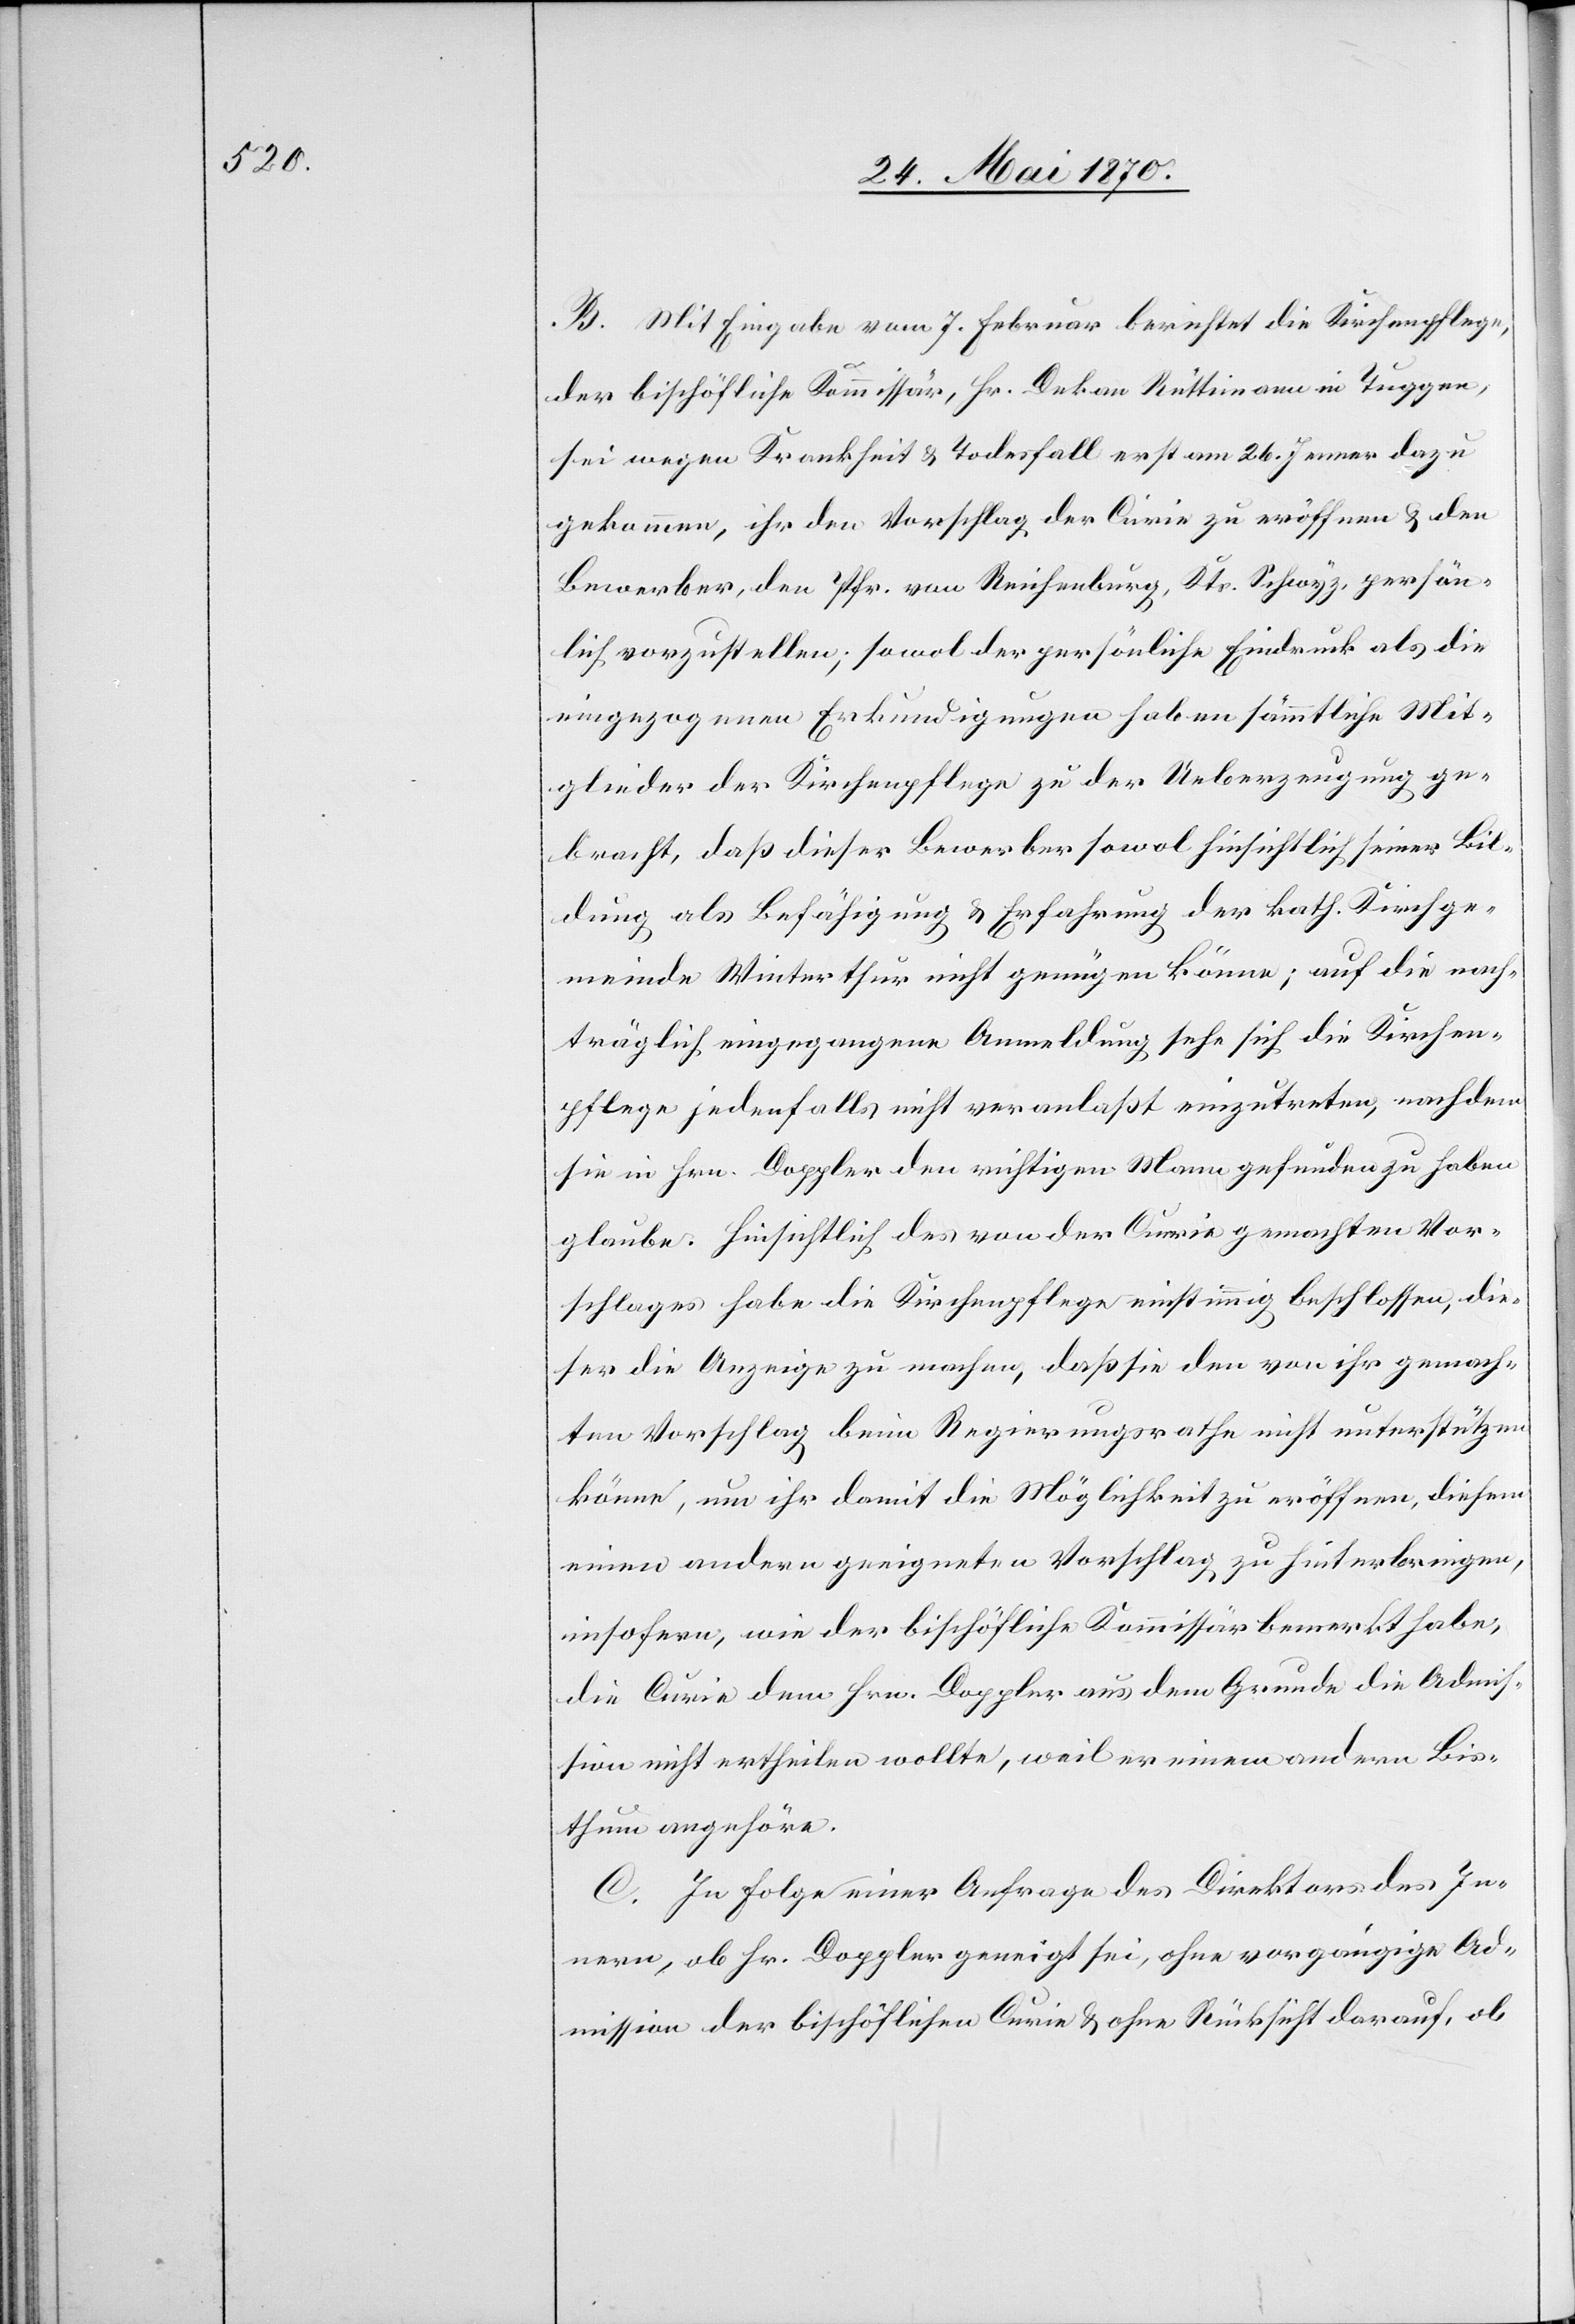
B. Mit Eingabe vom 7. Februar berichtet die Kirchenpflege,
der bischöfliche Kommissär, Hr. Dekan Rüttimann in Tuggen,
sei wegen Krankheit & Todesfall erst am 26. Jenner dazu
gekommen, ihr den Vorschlag der Curie zu eröffnen & den
Bewerber, den Pfr. von Rechenburg, Kts. Schwyz, persön¬
lich vorzustellen; sowol der persönliche Eindruck als die
eingezogenen Erkundigungen haben sämmtliche Mit¬
glieder der Kirchenpflege zu der Ueberzeugung ge¬
bracht, daß dieser Bewerber sowol hinsichtlich seiner Bil¬
dung als Befähigung & Erfahrung der kath. Kirchge¬
meinde Winterthur nicht genügen könne; auf die nach¬
träglich eingegangene Anmeldung sehe sich die Kirchen¬
pflege jedenfalls nicht veranlaßt einzutreten, nachdem
sie in Hrn. Doppler den richtigen Mann gefunden zu haben
glaube. Hinsichtlich des von der Curie gemachten Vor¬
schlages habe die Kirchenpflege einstimmig beschlossen, die¬
ser die Anzeige zu machen, daß sie den von ihr gemach¬
ten Vorschlag beim Regierungsrathe nicht unterstützen
könne, um ihr damit die Möglichkeit zu eröffnen, diesem
einen andern geeigneten Vorschlag zu hinterbringen,
insofern, wie der bischöfliche Kommissär bemerkt habe,
die Curie dem Hrn. Doppler aus dem Grunde die Admis¬
sion nicht ertheilen wollte, weil er einem andern Bis¬
thum angehöre.
C. In Folge einer Anfrage des Direktors des In¬
nern, ob Hr. Doppler geneigt sei, ohne vorgängige Ad¬
mission der bischöflichen Curie & ohne Rücksicht darauf, ob